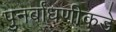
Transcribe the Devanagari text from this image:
पुनर्बांधणीकडे